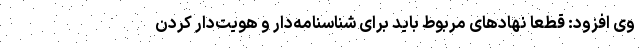
وی افزود: قطعاً نهادهای مربوط باید برای شناسنامه‌‌دار و هویت‌دار کردن